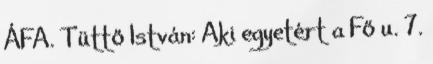
ÁFA. Tüttő István: Aki egyetért a Fő u. 7.